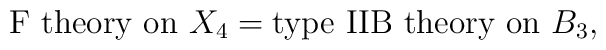
\mbox{F theory on } X_{4}=\mbox{type IIB theory on } B_{3},